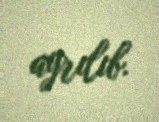
ayrılıb.